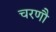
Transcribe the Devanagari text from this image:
चरणौ